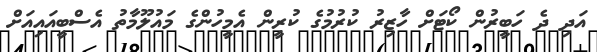
އަދި ދެ ހަބީރުން ކޯޓަށް ހާޒިރު ކުރުމުގެ ކުރީން އެމީހުންގެ މައުލޫމާތު އެސްބީއައިއަށް